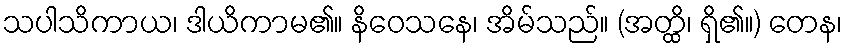
သပါသိကာယ၊ ဒါယိကာမ၏။ နိဝေသနေ၊ အိမ်သည်။ (အတ္ထိ၊ ရှိ၏။) တေန၊